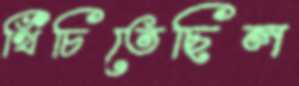
খিঁচিতেছিল